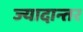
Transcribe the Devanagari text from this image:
ज्यादान्तर